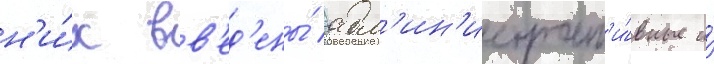
н'и́х вв'ед'ены́ адм'ин'истрат'и́вные и́